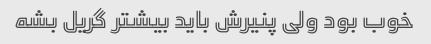
خوب بود ولی پنیرش باید بیشتر گریل بشه